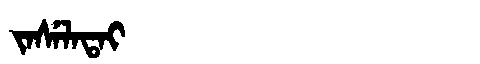
Manchu: ᠵᠠᠰᡝᠯᠠᡨᠠᡳ
Romanization: JASELATAI